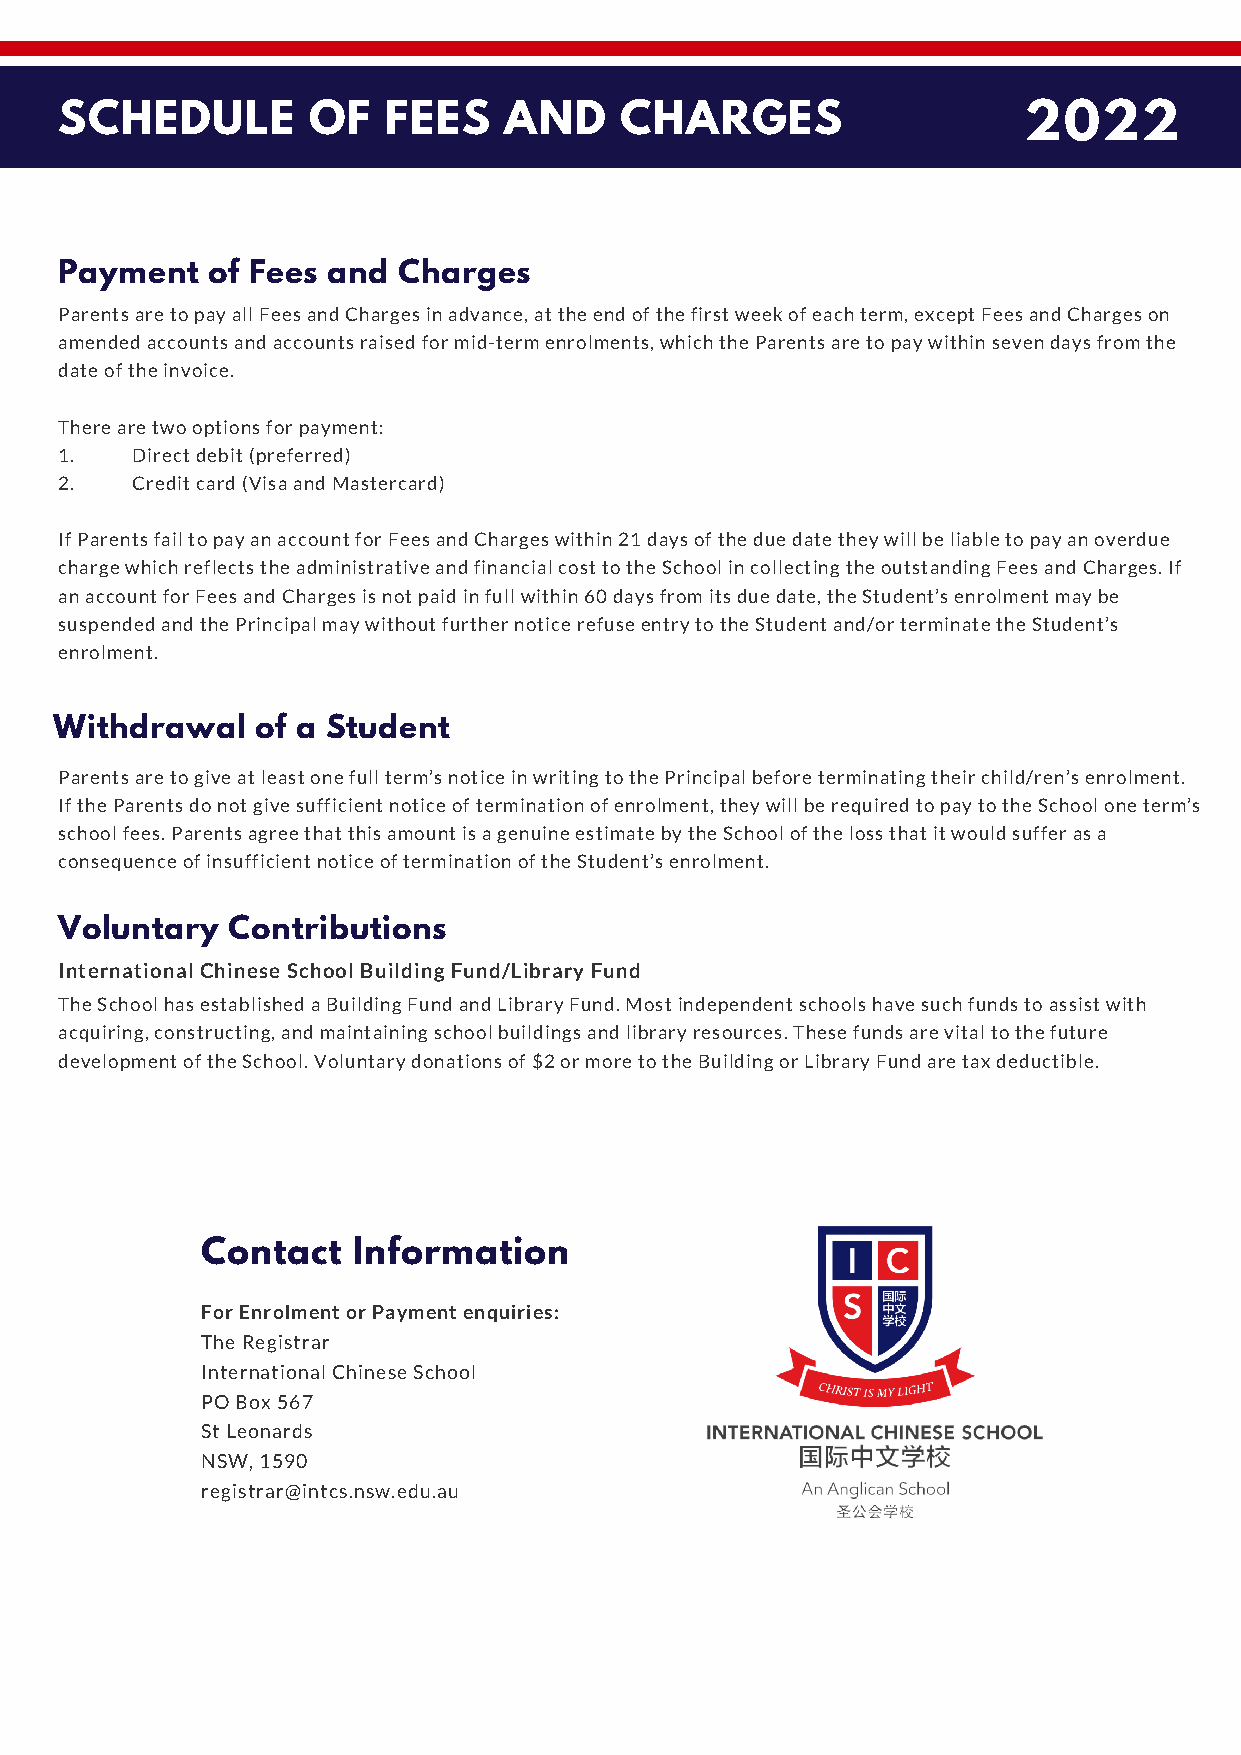
SCHEDULE        OF   FEES    AND     CHARGES                    2 0  2  2
 Payment   of Fees and Charges
 Parents are to pay all Fees and Charges in advance, at the end of the first week of each term, except Fees and Charges on
 amended accounts and accounts raised for mid-term enrolments, which the Parents are to pay within seven days from the
 date of the invoice.
 There are two options for payment:
 1.   Direct debit (preferred)
 2.   Credit card (Visa and Mastercard)
 If Parents fail to pay an account for Fees and Charges within 21 days of the due date they will be liable to pay an overdue
 charge which reflects the administrative and financial cost to the School in collecting the outstanding Fees and Charges. If
 an account for Fees and Charges is not paid in full within 60 days from its due date, the Student’s enrolment may be
 suspended and the Principal may without further notice refuse entry to the Student and/or terminate the Student’s
 enrolment.
 Withdrawal   of a Student
 Parents are to give at least one full term’s notice in writing to the Principal before terminating their child/ren’s enrolment.
 If the Parents do not give sufficient notice of termination of enrolment, they will be required to pay to the School one term’s
 school fees. Parents agree that this amount is a genuine estimate by the School of the loss that it would suffer as a
 consequence of insufficient notice of termination of the Student’s enrolment.
 Voluntary  Contributions
 International Chinese School Building Fund/Library Fund
 The School has established a Building Fund and Library Fund. Most independent schools have such funds to assist with
 acquiring, constructing, and maintaining school buildings and library resources. These funds are vital to the future
 development of the School. Voluntary donations of $2 or more to the Building or Library Fund are tax deductible.
 Contact   Information
 For Enrolment or Payment enquiries:
 The Registrar
 International Chinese School
 PO Box 567
 St Leonards
 NSW, 1590
 registrar@intcs.nsw.edu.au